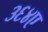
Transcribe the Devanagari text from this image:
३६४ए